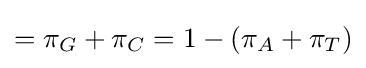
=\pi _{G}+\pi _{C}=1-(\pi _{A}+\pi _{T})